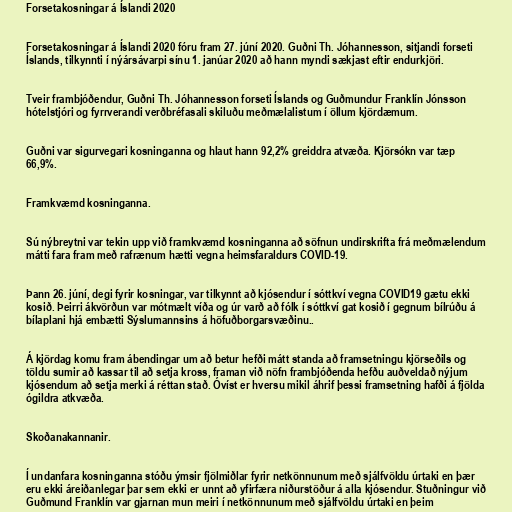
Forsetakosningar á Íslandi 2020

Forsetakosningar á Íslandi 2020 fóru fram 27. júní 2020. Guðni Th. Jóhannesson, sitjandi forseti
Íslands, tilkynnti í nýársávarpi sínu 1. janúar 2020 að hann myndi sækjast eftir endurkjöri.

Tveir frambjóðendur, Guðni Th. Jóhannesson forseti Íslands og Guðmundur Franklín Jónsson
hótelstjóri og fyrrverandi verðbréfasali skiluðu meðmælalistum í öllum kjördæmum.

Guðni var sigurvegari kosninganna og hlaut hann 92,2% greiddra atvæða. Kjörsókn var tæp
66,9%.

Framkvæmd kosninganna.

Sú nýbreytni var tekin upp við framkvæmd kosninganna að söfnun undirskrifta frá meðmælendum
mátti fara fram með rafrænum hætti vegna heimsfaraldurs COVID-19.

Þann 26. júní, degi fyrir kosningar, var tilkynnt að kjósendur í sóttkví vegna COVID19 gætu ekki
kosið. Þeirri ákvörðun var mótmælt víða og úr varð að fólk í sóttkví gat kosið í gegnum bílrúðu á
bílaplani hjá embætti Sýslumannsins á höfuðborgarsvæðinu..

Á kjördag komu fram ábendingar um að betur hefði mátt standa að framsetningu kjörseðils og
töldu sumir að kassar til að setja kross, framan við nöfn frambjóðenda hefðu auðveldað nýjum
kjósendum að setja merki á réttan stað. Óvíst er hversu mikil áhrif þessi framsetning hafði á fjölda
ógildra atkvæða.

Skoðanakannanir.

Í undanfara kosninganna stóðu ýmsir fjölmiðlar fyrir netkönnunum með sjálfvöldu úrtaki en þær
eru ekki áreiðanlegar þar sem ekki er unnt að yfirfæra niðurstöður á alla kjósendur. Stuðningur við
Guðmund Franklín var gjarnan mun meiri í netkönnunum með sjálfvöldu úrtaki en þeim